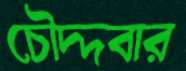
চৌদ্দবার